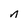
Character: n